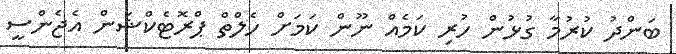
ބަންދު ކުރުމާ ގުޅުން ހުރި ކަމެއް ނޫން ކަމަށް ހެލްތް ޕްރޮޓެކްޝަން އެޖެންސީ